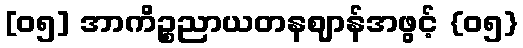
[၀၅] အာကိဉ္စညာယတနဈာန်အဖွင့် {၀၅}